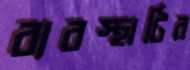
ব্যবস্থাটির